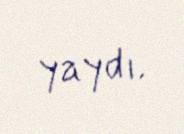
yaydı.